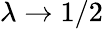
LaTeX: \lambda\rightarrow 1/2